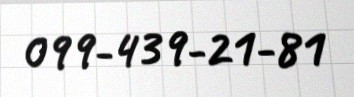
099-439-21-81